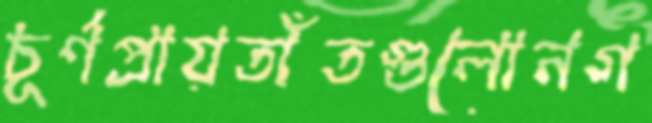
চূর্ণপ্রায়তাঁতগুলোনগ